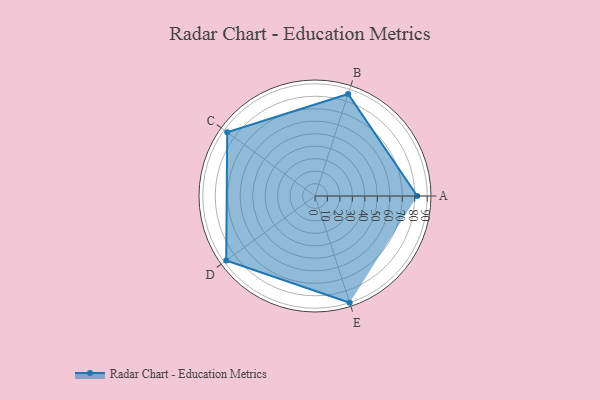
{"axis": {"x": "Skill", "y": "Score"}, "legend": ["Profile"], "data": [{"x": "A", "y": 82.0, "type": "Profile"}, {"x": "B", "y": 86.0, "type": "Profile"}, {"x": "C", "y": 87.0, "type": "Profile"}, {"x": "D", "y": 88.0, "type": "Profile"}, {"x": "E", "y": 90.0, "type": "Profile"}]}